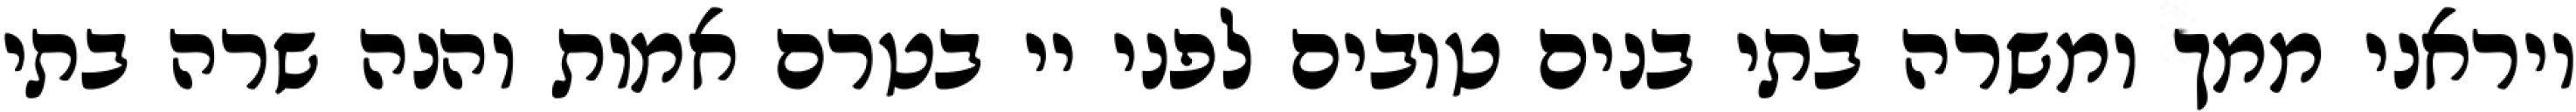
ויראני ממך ומשרה בתי בנים טובים לפני יי בטרם אמות והנה שרה בתי